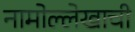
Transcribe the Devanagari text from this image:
नामोल्लेखाची